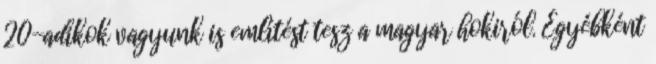
20-adikok vagyunk is említést tesz a magyar hokiról. Egyébként